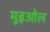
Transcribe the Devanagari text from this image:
मुइओल